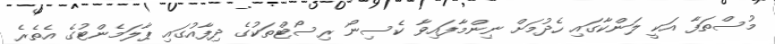
މުސްތަފާ އަކީ ލަންކާގައި ހެދުމަށް ނިންމާފައިވާ ކެސިނޯ ރިސޯޓްތަކުގެ ދިފާއުގައި ޕާލަމެންޓުގެ އެތެރެ